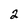
Character: 2